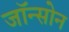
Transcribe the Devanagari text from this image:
जॉन्सोन